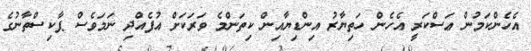
އެހެންކަމުން ޢަސްކަރީ އެހެން ހަތިޔާރު އިންޑިޔާއިން ކިތަންމެ ވަރަކަށް އުފެއްދި ނަމަވެސް ޕާކިސްތާނުގެ